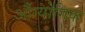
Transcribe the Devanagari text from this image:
औग्योगिक